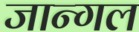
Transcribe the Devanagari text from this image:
जान्गल